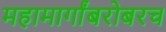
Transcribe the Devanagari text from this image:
महामार्गांबरोबरच